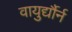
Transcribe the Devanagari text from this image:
वायुर्द्यौर्न